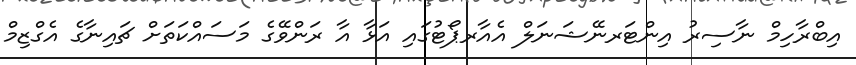
އިބްރާހިމް ނާސިރު އިންޓަރނޭޝަނަލް އެއާރޕޯޓުގައި އަޅާ އާ ރަންވޭގެ މަަސައްކަތަށް ޗައިނާގެ އެގްޒިމް